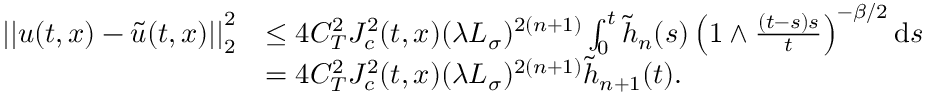
\begin{array} { r l } { \left| \left| u ( t , x ) - \widetilde { u } ( t , x ) \right| \right| _ { 2 } ^ { 2 } } & { \le 4 C _ { T } ^ { 2 } J _ { c } ^ { 2 } ( t , x ) ( \lambda L _ { \sigma } ) ^ { 2 ( n + 1 ) } \int _ { 0 } ^ { t } \widetilde { h } _ { n } ( s ) \left( 1 \wedge \frac { ( t - s ) s } { t } \right) ^ { - \beta / 2 } \ensuremath { \mathrm { d } } s } \\ & { = 4 C _ { T } ^ { 2 } J _ { c } ^ { 2 } ( t , x ) ( \lambda L _ { \sigma } ) ^ { 2 ( n + 1 ) } \widetilde { h } _ { n + 1 } ( t ) . } \end{array}